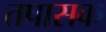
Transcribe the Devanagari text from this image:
तपासक